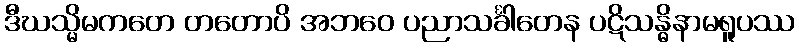
ဒီဃသ္မိမကတေ တတောပိ အဘဝေ ပညာသင်္ခါတေန ပဋိသန္ဓိနာမရူပဿ